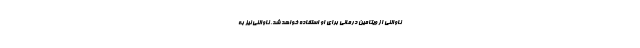
ناوالنی از ویتامین درمانی برای او استفاده خواهد شد. ناوالنی نیز به